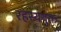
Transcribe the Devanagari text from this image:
रहस्‍ययुक्त